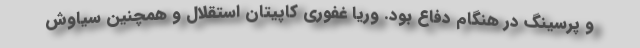
و پرسینگ در هنگام دفاع بود. وریا غفوری کاپیتان استقلال و همچنین سیاوش